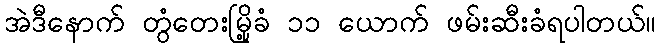
အဲဒီနောက် တွံတေးမြို့ခံ ၁၁ ယောက် ဖမ်းဆီးခံရပါတယ်။